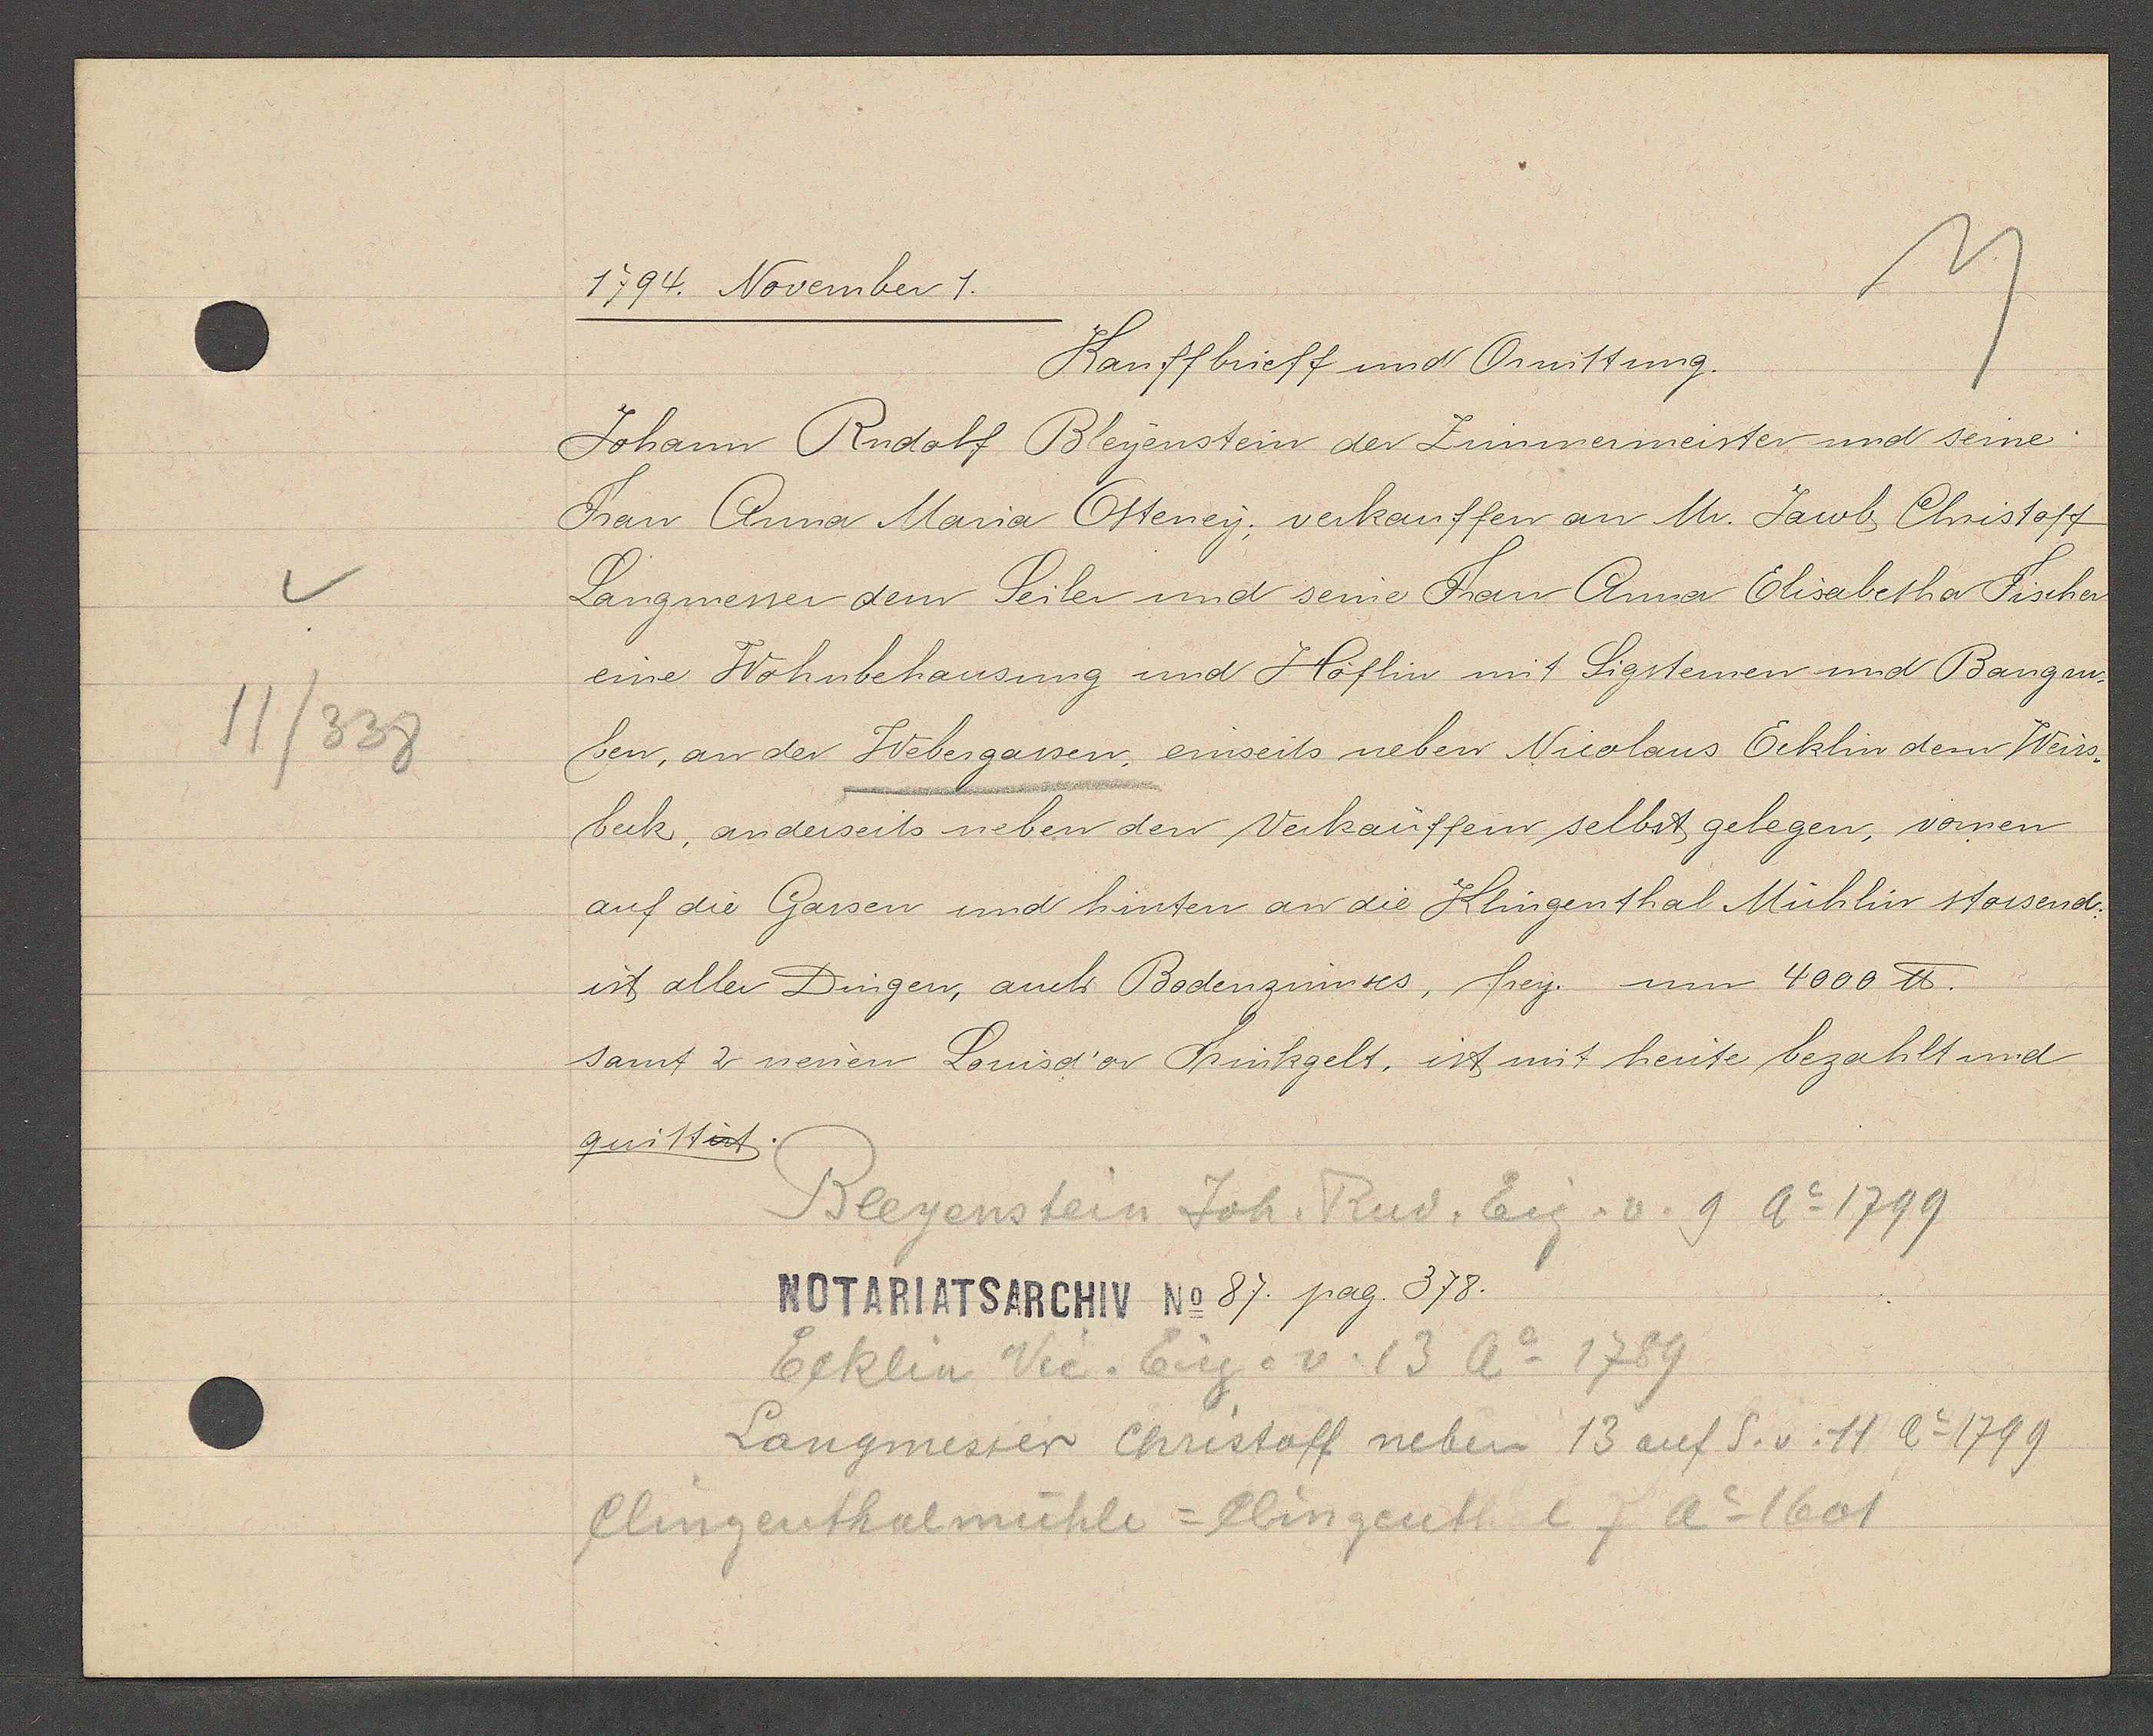
Transcript:
11/338

1794. November 1.

Kauffbrieff und Quittung.
Johann Rudolf Bleyenstein der Zimmermeister und seine
Frau Anna Maria Otteney; verkauffen an Mr. Jacob Christoff
Langmesser dem Seiler und seine Frau Anna Elisabetha Fischer
eine Wohnbehausung und Höflin mit Sigsteinen und Bangen¬
ben, an der Webergassen, einseits neben Nicolaus Ecklin dem Weiss¬
beck, anderseits neben den Verkaüffern selbst gelegen, vornen
auf die Gassen und hinten an die Klingenthal Mühlin stossend;
ist aller Dingen, auch Bodenzinnses, frey. um 4000 ℔.
samt 2 neuen Louisd'or Trinkgelt, ist mit heute bezahlt und
quittirt.

Bleyenstein Joh. Rud. Eig. v. 9 Ao 1799
Ecklin Vic. Eig. v. 13 Ao 1789
Langmesser Christoff neben 13 auf S. v. 11 Ao 1799
Clingenthalmühle = Klingenthal 7 Ao 1601

NOTARIATSARCHIV No 87. pag. 378.